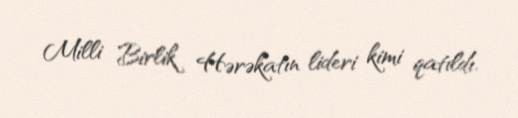
Milli Birlik Hərəkatın lideri kimi qatıldı.